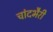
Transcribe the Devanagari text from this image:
चांदभैरी